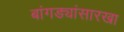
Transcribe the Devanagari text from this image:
बांगड्यांसारखा